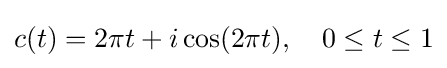
c(t)=2\pi t+i\cos(2\pi t),\quad 0\leq t\leq 1